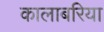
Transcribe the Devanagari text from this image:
कालाबरिया